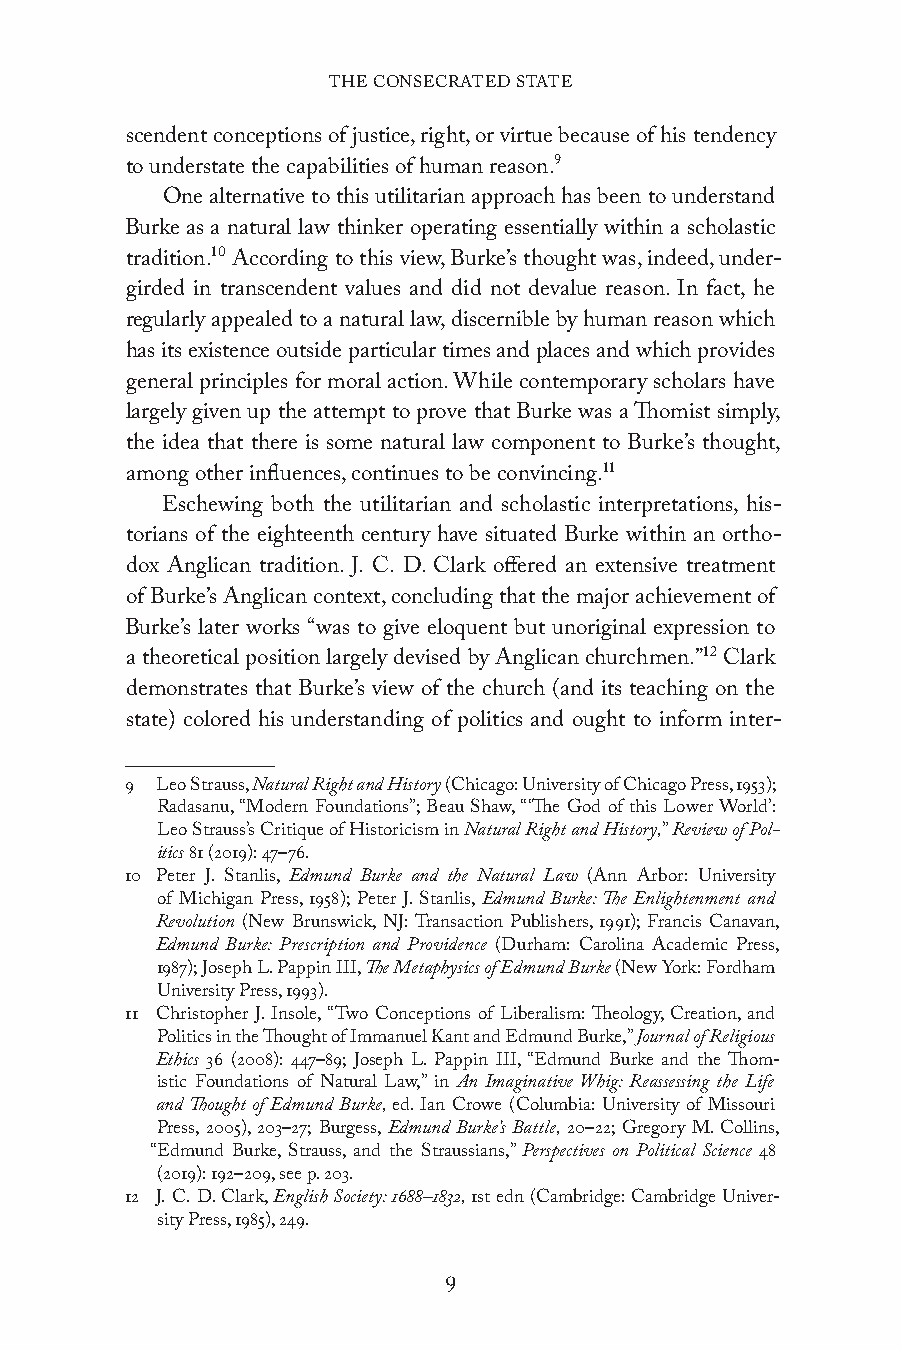
THE CONSECRATED STATE
 scendent conceptions of justice, right, or virtue because of his tendency
 to understate the capabilities of human reason.9
 One alternative to this utilitarian approach has been to understand
 Burke as a natural law thinker operating essentially within a scholastic
 tradition.10 According to this view, Burke’s thought was, indeed, under-
 girded in transcendent values and did not devalue reason. In fact, he
 regularly appealed to a natural law, discernible by human reason which
 has its existence outside particular times and places and which provides
 general principles for moral action. While contemporary scholars have
 largely given up the attempt to prove that Burke was a Thomist simply,
 the idea that there is some natural law component to Burke’s thought,
 among other influences, continues to be convincing.11
 Eschewing both the utilitarian and scholastic interpretations, his-
 torians of the eighteenth century have situated Burke within an ortho-
 dox Anglican tradition. J. C. D. Clark offered an extensive treatment
 of Burke’s Anglican context, concluding that the major achievement of
 Burke’s later works “was to give eloquent but unoriginal expression to
 a theoretical position largely devised by Anglican churchmen.”12 Clark
 demonstrates that Burke’s view of the church (and its teaching on the
 state) colored his understanding of politics and ought to inform inter-
 9 Leo Strauss, Natural Right and History (Chicago: University of Chicago Press, 1953);
 Radasanu, “Modern Foundations”; Beau Shaw, “ ‘The God of this Lower World’:
 Leo Strauss’s Critique of Historicism in Natural Right and History,” Review of Pol-
 itics 81 (2019): 47–76.
 10 Peter J. Stanlis, Edmund Burke and the Natural Law (Ann Arbor: University
 of Michigan Press, 1958); Peter J. Stanlis, Edmund Burke: The Enlightenment and
 Revolution (New Brunswick, NJ: Transaction Publishers, 1991); Francis Canavan,
 Edmund Burke: Prescription and Providence (Durham: Carolina Academic Press,
 1987); Joseph L. Pappin III, The Metaphysics of Edmund Burke (New York: Fordham
 University Press, 1993).
 11 Christopher J. Insole, “Two Conceptions of Liberalism: Theology, Creation, and
 Politics in the Thought of Immanuel Kant and Edmund Burke,” Journal of Religious
 Ethics 36 (2008): 447–89; Joseph L. Pappin III, “Edmund Burke and the Thom-
 istic Foundations of Natural Law,” in An Imaginative Whig: Reassessing the Life
 and Thought of Edmund Burke, ed. Ian Crowe (Columbia: University of Missouri
 Press, 2005), 203–27; Burgess, Edmund Burke’s Battle, 20–22; Gregory M. Collins,
 “Edmund Burke, Strauss, and the Straussians,” Perspectives on Political Science 48
 (2019): 192–209, see p. 203.
 12 J. C. D. Clark, English Society: 1688–1832, 1st edn (Cambridge: Cambridge Univer-
 sity Press, 1985), 249.
 9